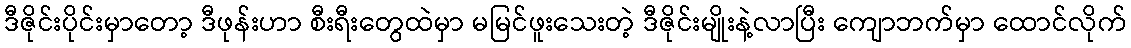
ဒီဇိုင်းပိုင်းမှာတော့ ဒီဖုန်းဟာ စီးရီးတွေထဲမှာ မမြင်ဖူးသေးတဲ့ ဒီဇိုင်းမျိုးနဲ့လာပြီး ကျောဘက်မှာ ထောင်လိုက်